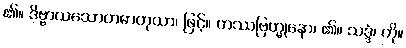
၏။ ဒိဗ္ဗာယသောတဓာတုယာ၊ ဖြင့်။ တဿဗြဟ္မုနော၊ ၏။ သဒ္ဒံ၊ ကို။